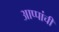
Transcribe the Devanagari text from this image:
आप्पांची